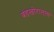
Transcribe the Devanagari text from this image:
बंडखोरालाच